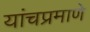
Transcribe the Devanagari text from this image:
यांचप्रमाणे